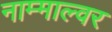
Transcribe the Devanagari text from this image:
नाम्माल्वर